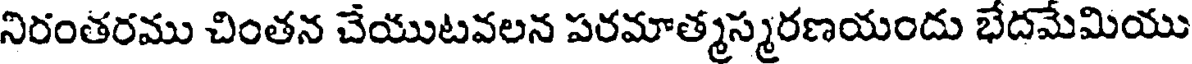
నిరంతరము చింతన చేయుటవలన పరమాత్మస్మరణయందు భేదమేమియు